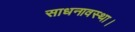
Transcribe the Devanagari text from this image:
साधनावस्था।